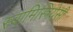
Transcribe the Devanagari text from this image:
स्वामिस्त्रियेसी